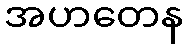
အဟတေန